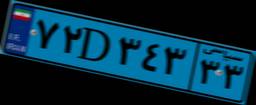
۷۲D۳۴۳۳۳